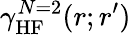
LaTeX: \gamma_{\mathrm{HF}}^{N=2}(r;r^{\prime})